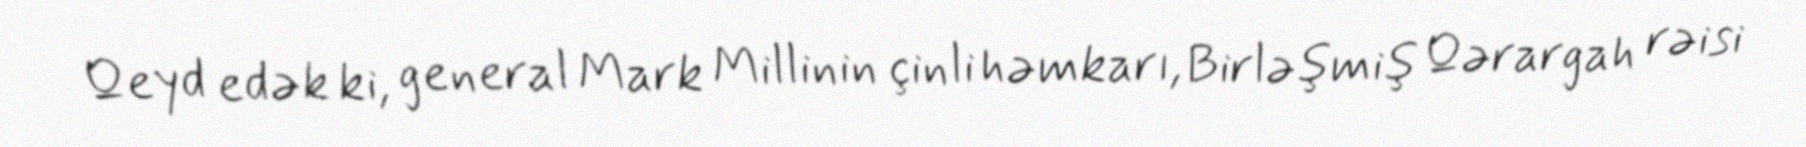
Qeyd edək ki, general Mark Millinin çinli həmkarı, Birləşmiş Qərargah rəisi